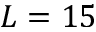
L = 1 5